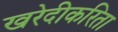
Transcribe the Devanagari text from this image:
खरेदीकरिता